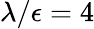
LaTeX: \lambda/\epsilon=4